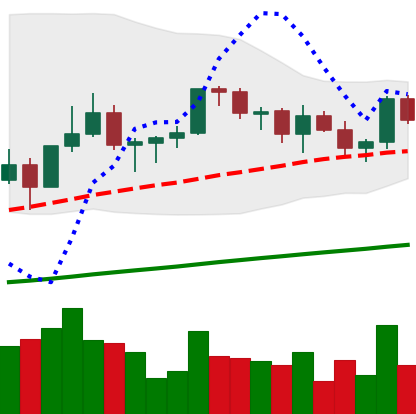
Ticker: LINK-USD
Chart end date: 2021-03-18
Forward return: -8.777%
Label: down_7plus